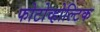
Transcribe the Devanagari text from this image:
फोटोव्होल्टिक